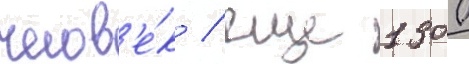
челов'е́к / еще 1300